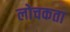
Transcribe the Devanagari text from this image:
लोचकता